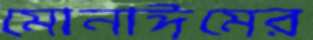
মোনাঈমের